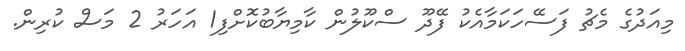
މިއަދުގެ މެޗު ފަސޭހަކަމާއެކު ފޭދޫ ސްކޫލުން ކާމިޔާބުކޮށްފި1 އަހަރު 2 މަސް ކުރިން.